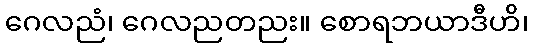
ဂေလညံ၊ ဂေလညတညး။ စောရဘယာဒီဟိ၊